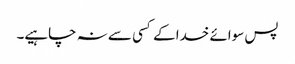
پس سوائے خدا کے کسی سے نہ چاہیے۔